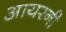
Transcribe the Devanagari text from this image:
आयरनी